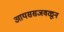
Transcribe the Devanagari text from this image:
आयससजवळून